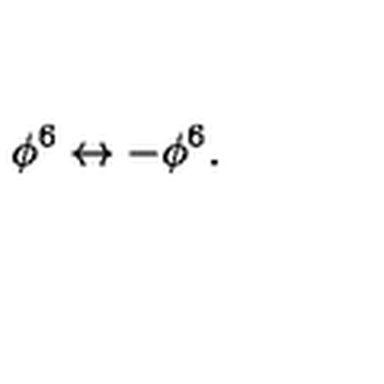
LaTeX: \phi ^ { 6 } \leftrightarrow - \phi ^ { 6 } .